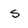
Character: s